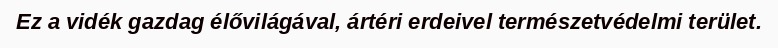
Ez a vidék gazdag élővilágával, ártéri erdeivel természetvédelmi terület.